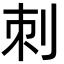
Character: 刺